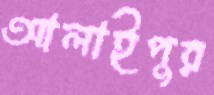
আলাইপুর